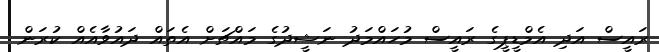
ރައީސް އަދި އެމްޑީޕީގެ ރައީސް މުހައްމަދު ނަޝީދުގެ މައްޗަށް އެތައް ދައުވާއެއް ކުރަން